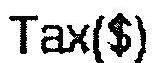
TAX($)